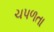
ચપળતા